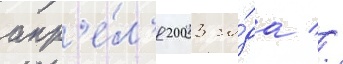
апр'е́л'я 2003 го́да //